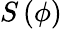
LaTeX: S\left(\phi\right)